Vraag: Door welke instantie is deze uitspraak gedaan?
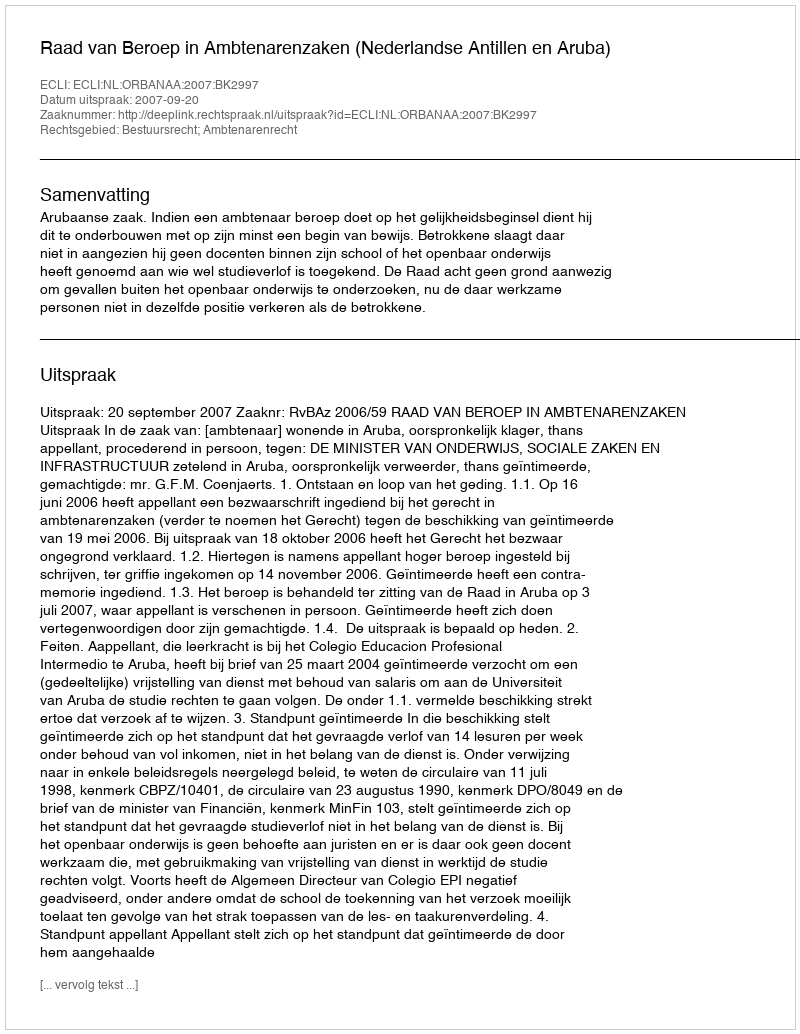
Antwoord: Raad van Beroep in Ambtenarenzaken (Nederlandse Antillen en Aruba)